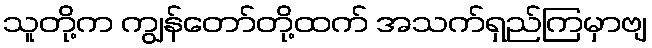
သူတို့က ကျွန်တော်တို့ထက် အသက်ရှည်ကြမှာဗျ